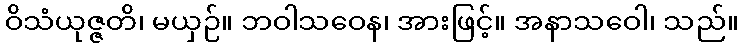
ဝိသံယုဇ္ဇတိ၊ မယှဉ်။ ဘဝါသဝေန၊ အားဖြင့်။ အနာသဝေါ၊ သည်။